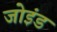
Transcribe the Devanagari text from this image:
जोइंड